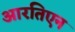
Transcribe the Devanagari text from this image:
आरतिएन